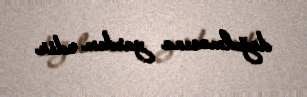
doğulmasına yardım edir.